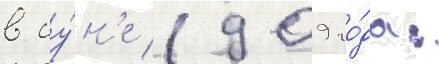
в иу́н'е 1909 го́да: